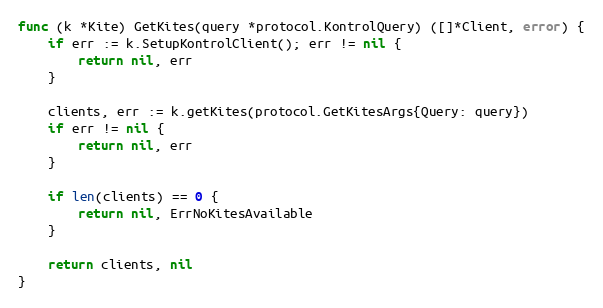
Language: Go
func (k *Kite) GetKites(query *protocol.KontrolQuery) ([]*Client, error) {
	if err := k.SetupKontrolClient(); err != nil {
		return nil, err
	}

	clients, err := k.getKites(protocol.GetKitesArgs{Query: query})
	if err != nil {
		return nil, err
	}

	if len(clients) == 0 {
		return nil, ErrNoKitesAvailable
	}

	return clients, nil
}